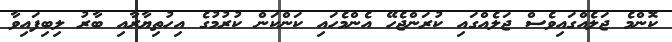
ކޮންމެ ޖަލެއްގައިވެސް ޖަލެއްގައި ކުރަންޖެހޭ އެންމެހައި ކަންކަން ކުރުމުގެ އިހުތިޔާރާއި ބާރު ލިބިފައިވާ